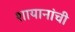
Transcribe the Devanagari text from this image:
शायानांची